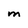
Character: M